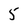
Character: 5